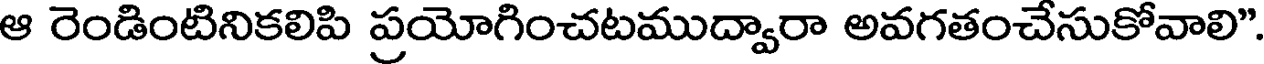
ఆ రెండింటినికలిపి ప్రయోగించటముద్వారా అవగతంచేసుకోవాలి"